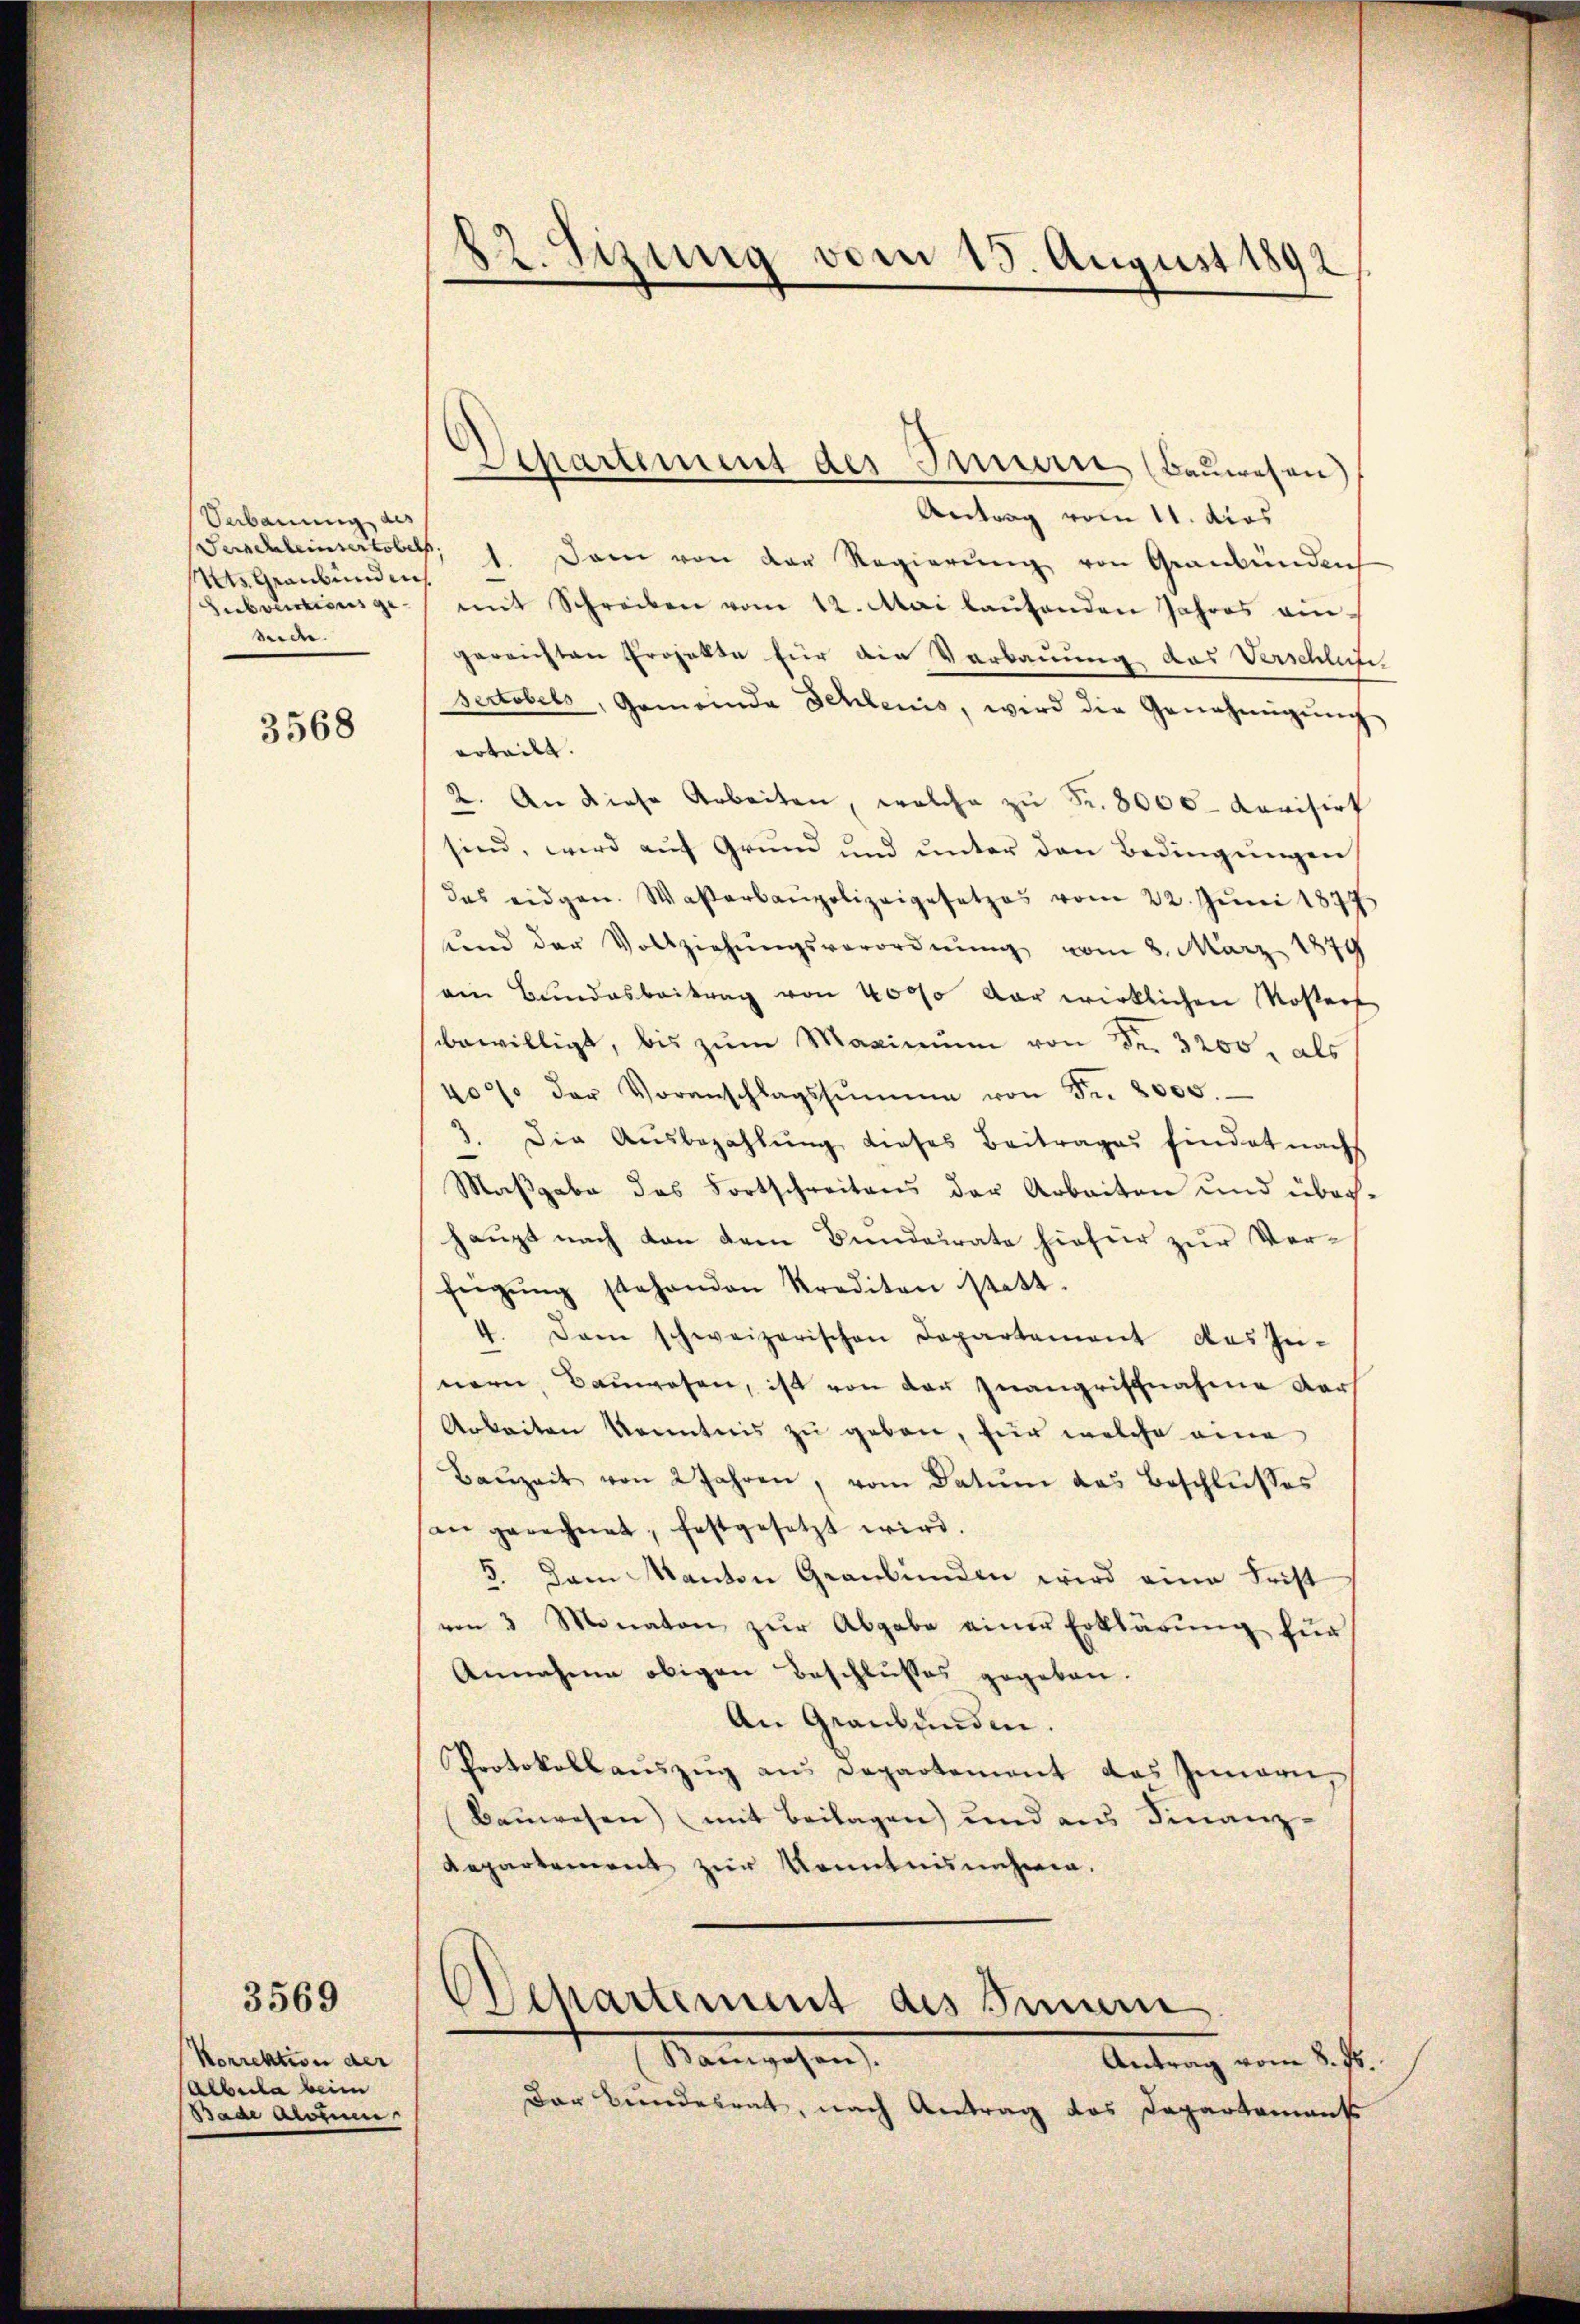
Verbauung des
Mts Graubünden
Subventions gesede.

3568

Korrektion der
Albula beim
Baar Aroiuen

3569

82. Sizung vom 15. August 1892

Departement des Innern (Bauwesen)

Antrag vom 11. dies
Geschleinsertobels 1. Dann von der Regierŭng von Graubünden
mit Schreiben vom 12. Mai laŭtenden Jahres ein-
gereichten Projekte für die Verbauung des Verschluss,
sectobels, Gemeinde Schleris, wird die Genehmigŭng
erteilt. |
2. An diese Arbeiten, welche zu Fr. 8000 Kavisirt
sind, wird aŭf Grŭnd ŭnd ŭnter den Bedingŭngen
das eidgen. Waßerbaupolizeigesetzes vom 22. Jŭni 1877
ŭnd der Vollziehŭngsverordnŭng vom 8. März 1879
ein Bundesbeitrag von 4000 der wirklichen Kosters
sbewilligt, bis zŭm Maximum von Fr. 3200, als
400 der Voranschlagssumme von Fr. 2000.
3. Die Aŭsbezahlŭng dieses Beitrages findet nach
Maßgabe des Fortschreitens der Arbeiten und über-
haupt nach von dem Bundeirate hiefür zur Verfügŭng stehenden Krediten statt.
7. Dann schweizerischen Departament des In-
nern Bauwesen, ist von der Inangriffnahme darf
Arbeiten konntnis zu geben, für welche eine
Baŭzeit von 2 Jahren, vom Datum das Beschlŭsses
an gerechnet, festgesetzt wird.
5. Dem Kanton Graubünden wird eine Frist
von 3 Monaten zŭr Abgabe einer Erklärŭng für
Annahme obigen Beschlusses gegeben.
An Graubünden.
Protokollaŭszŭg ans Departement das Innern,
Bauwesen) (mit Beilagen und aus Finanz-
Repartement zur Kenntnisnehmen.

Departement des Brunn
Mangehen
Antrag vom 8. Js.

Der Bundesrat, nach Antrag das Departement